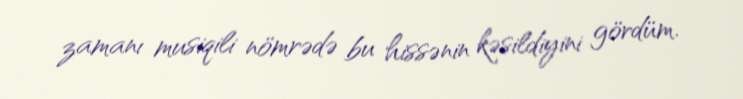
zamanı musiqili nömrədə bu hissənin kəsildiyini gördüm.